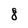
Character: 8